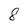
Character: 8